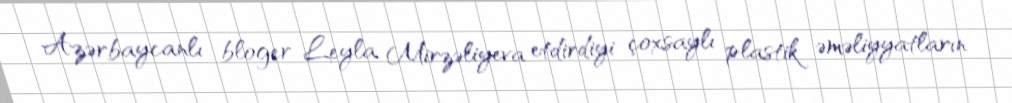
Azərbaycanlı bloger Leyla Mirzəliyeva etdirdiyi çoxsaylı plastik əməliyyatların